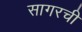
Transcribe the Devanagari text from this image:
सागरची